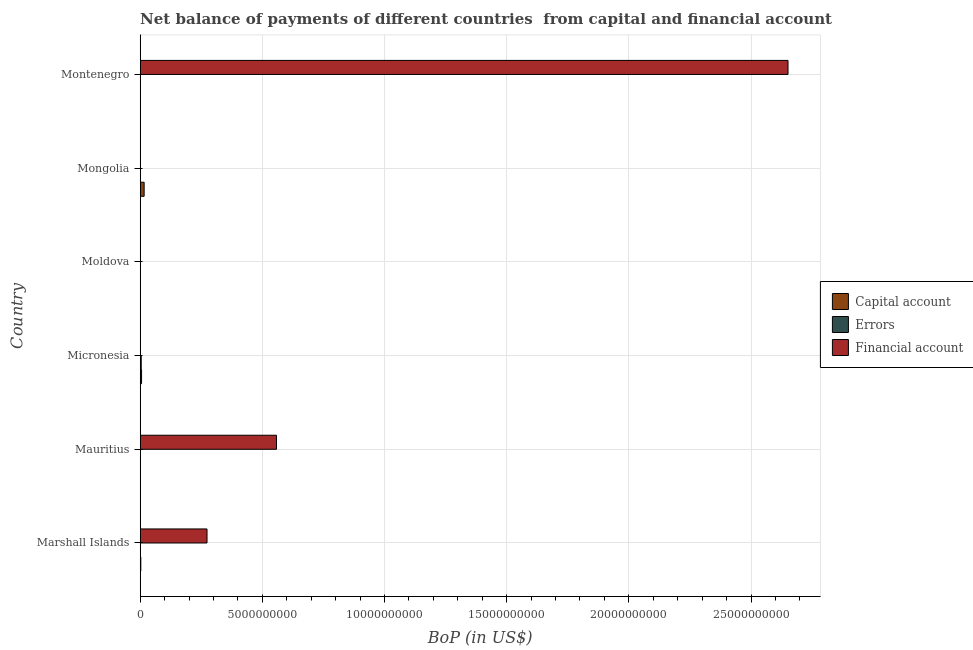
| Country | Capital account | Errors | Financial account |
 | --- | --- | --- | --- |
 | Marshall Islands | 2.38e+07 | -3.55e+08 | 2.73e+09 |
 | Mauritius | -1.94e+06 | -1.7e+09 | 5.58e+09 |
 | Micronesia | 5.49e+07 | 4.04e+07 | -5.54e+08 |
 | Moldova | 6e+04 | -1.9e+07 | -1.75e+09 |
 | Mongolia | 1.6e+08 | -1.65e+08 | -2.38e+08 |
 | Montenegro | 2.66e+06 | -5.24e+09 | 2.65e+10 |